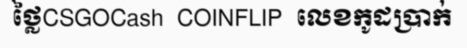
ថ្លៃCSGOCash  COINFLIP  លេខកូដប្រាក់